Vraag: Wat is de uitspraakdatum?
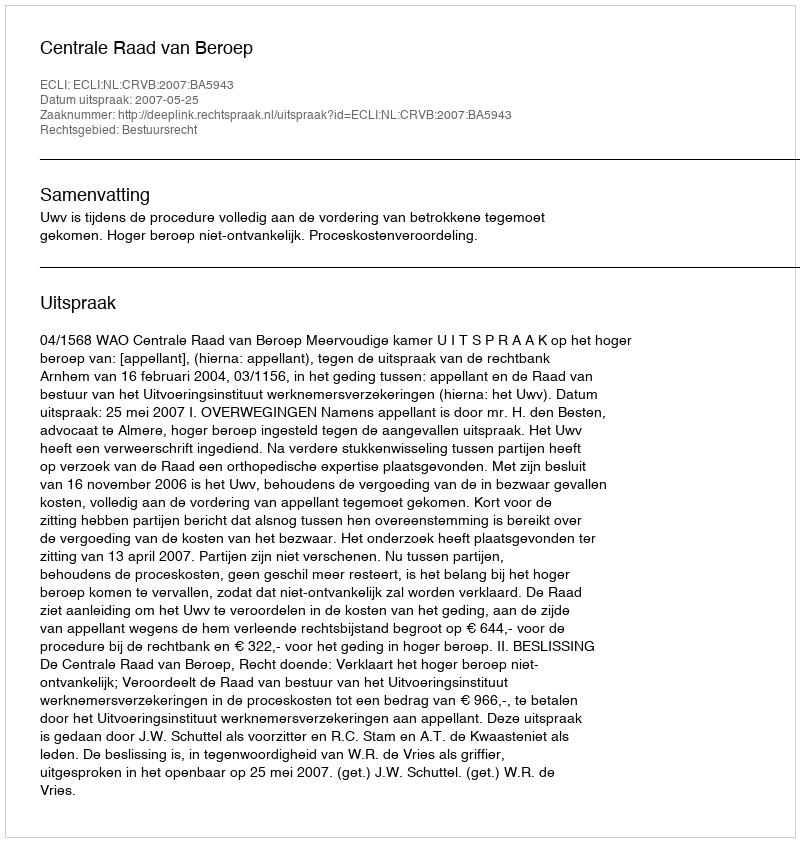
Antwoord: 2007-05-25